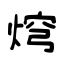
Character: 焪